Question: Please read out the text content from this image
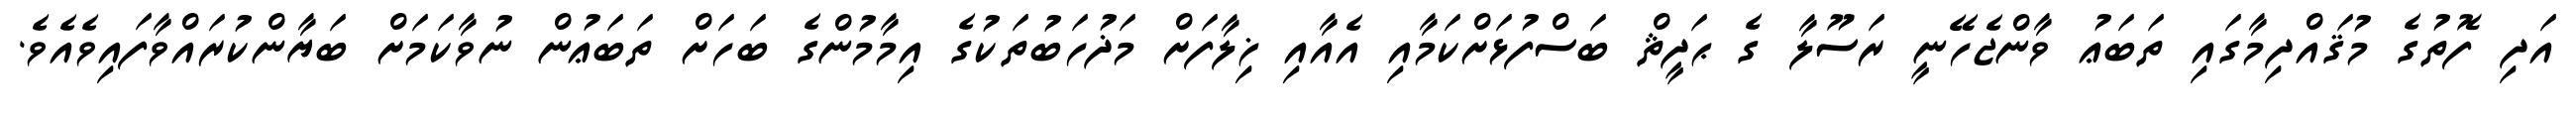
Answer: އަދި ފޮތުގެ މުޤައްދިމާގައި ތަބަޢު ވާންޖެހޭނީ ރަސޫލާ ގެ ޙަދީޘް ބަސްފުޅަށްކަމާއި އެއާއި ޚިލާފަށް މަޛުހަބުތަކުގެ އިމާމުންގެ ބަހަށް ތަބަޢުން ނުވާކަމަށް ބަޔާންކުރައްވާފައިވެއެވެ.